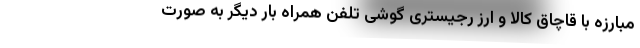
مبارزه با قاچاق کالا و ارز رجیستری گوشی تلفن همراه بار دیگر به صورت